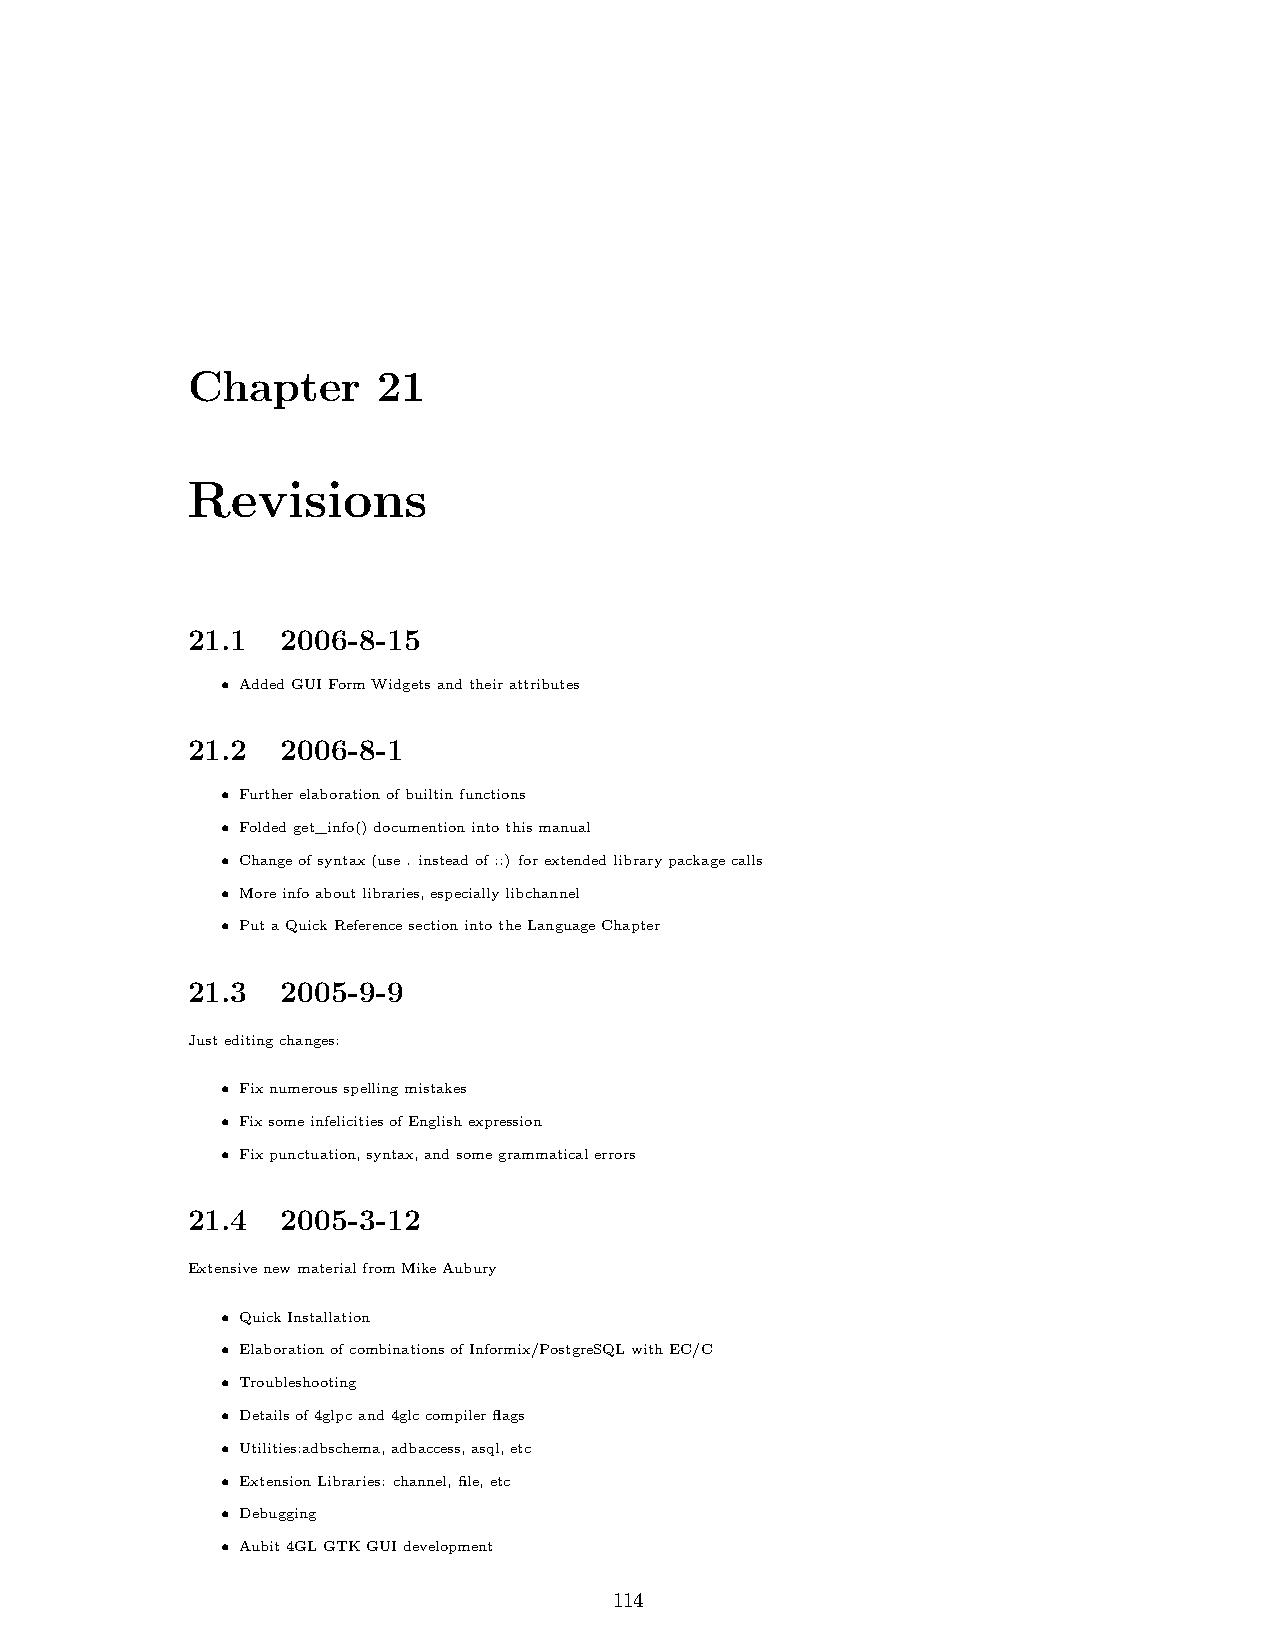
Chapter      21
 Revisions
 21.1   2006-8-15
 • AddedGUIFormWidgetsandtheirattributes
 21.2   2006-8-1
 • Furtherelaborationofbuiltinfunctions
 • Foldedget_info()documentionintothismanual
 • Changeofsyntax(use. insteadof::) forextendedlibrarypackagecalls
 • Moreinfoaboutlibraries,especiallylibchannel
 • PutaQuickReferencesectionintotheLanguageChapter
 21.3   2005-9-9
 Justeditingchanges:
 • Fixnumerousspellingmistakes
 • FixsomeinfelicitiesofEnglishexpression
 • Fixpunctuation,syntax,andsomegrammaticalerrors
 21.4   2005-3-12
 ExtensivenewmaterialfromMikeAubury
 • QuickInstallation
 • ElaborationofcombinationsofInformix/PostgreSQLwithEC/C
 • Troubleshooting
 • Detailsof4glpcand4glccompilerflags
 • Utilities:adbschema,adbaccess,asql,etc
 • ExtensionLibraries: channel,file,etc
 • Debugging
 • Aubit4GLGTKGUIdevelopment
 114